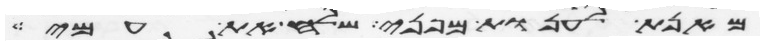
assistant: מאנת לענות מפני שלח את עמי